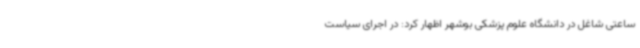
ساعتی شاغل در دانشگاه علوم پزشکی بوشهر اظهار کرد: در اجرای سیاست